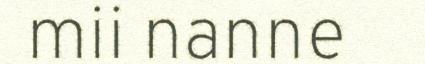
mii nanne